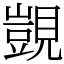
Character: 覬